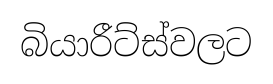
බියාරීට්ස්වලට